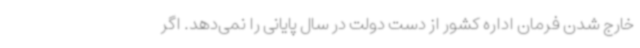
خارج شدن فرمان اداره کشور از دست دولت در سال پایانی را نمی‌دهد. اگر